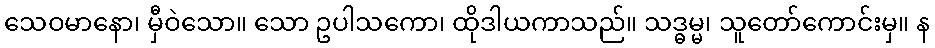
သေဝမာနော၊ မှီဝဲသော။ သော ဥပါသကော၊ ထိုဒါယကာသည်။ သဒ္ဓမ္မ၊ သူတော်ကောင်းမှ။ န